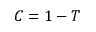
C = 1 - T